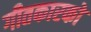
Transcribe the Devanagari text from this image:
गीतकारको